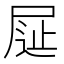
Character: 𡱦